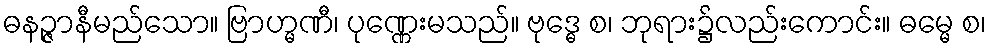
ဓနဉ္ဇာနီမည်သော။ ဗြာဟ္မဏီ၊ ပုဏ္ဏေးမသည်။ ဗုဒ္ဓေ စ၊ ဘုရား၌လည်းကောင်း။ ဓမ္မေ စ၊